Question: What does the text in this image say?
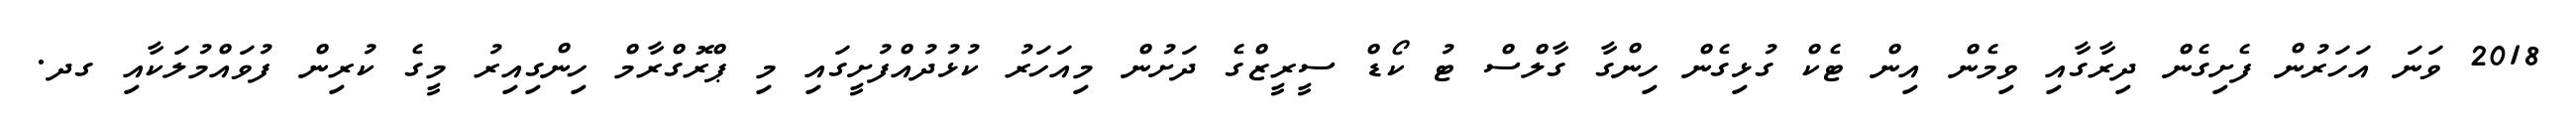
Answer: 2018 ވަނަ އަހަރުން ފެށިގެން ދިރާގާއި ވިމެން އިން ޓެކް ގުޅިގެން ހިންގާ ގާލްސް ޓު ކޯޑް ސީރީޒްގެ ދަށުން މިއަހަރު ކުޅުދުއްފުށީގައި މި ޕްރޮގްރާމް ހިންގިއިރު މީގެ ކުރިން ފުވައްމުލަކާއި ގދ.